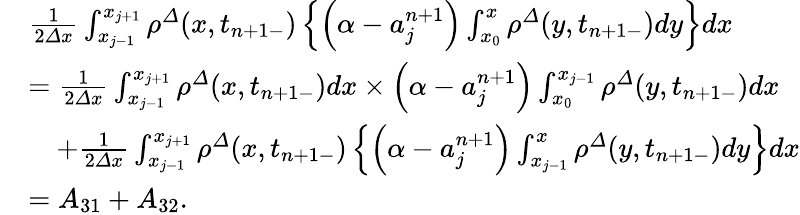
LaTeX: \begin{array}{rl}&{\frac 1{2{\varDelta}x}\int_{x_{j-1}}^{x_{j+1}}{\rho}^{\varDelta}(x,t_{n+1-})\left\{ \left(\alpha-a_{j}^{n+1}\right)\int_{x_{0}}^{x}{\rho}^{\varDelta}(y,t_{n+1-})dy\right\} dx}\\ &{=\frac 1{2{\varDelta}x}\int_{x_{j-1}}^{x_{j+1}}{\rho}^{\varDelta}(x,t_{n+1-})dx\times\left(\alpha-a_{j}^{n+1}\right)\int_{x_{0}}^{x_{j-1}}{\rho}^{\varDelta}(y,t_{n+1-})dx}\\ &{\quad+\frac 1{2{\varDelta}x}\int_{x_{j-1}}^{x_{j+1}}{\rho}^{\varDelta}(x,t_{n+1-})\left\{ \left(\alpha-a_{j}^{n+1}\right)\int_{x_{j-1}}^{x}{\rho}^{\varDelta}(y,t_{n+1-})dy\right\} dx}\\ &{=A_{31}+A_{32}.}\end{array}